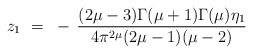
\begin{align*}z_1 ~=~ - \, \frac{(2\mu-3)\Gamma(\mu+1) \Gamma(\mu)\eta_1}{4\pi^{2\mu}(2\mu-1)(\mu-2)}\end{align*}